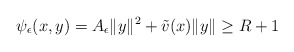
\begin{align*}\psi_\epsilon(x,y) = A_{\epsilon} \|y\|^2 + \tilde{v}(x) \|y\|\ge R+1 \end{align*}